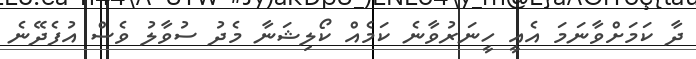
ދާ ކަމަށްވާނަމަ އެއީ ހީނަރުވާނެ ކަމެއް ކޯލިޝަނާ މެދު ސުވާލު ވެސް އުފެދޭނެ